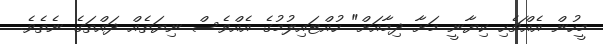
މީހުން އެއްޗެހި ކިޔާނީ މަށާ ދިމާއަށް" ހުއްޓައިލުމުގެ އެއްވެސް ނިޔަތެއް ދައްތަގެ ނެތެވެ.